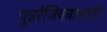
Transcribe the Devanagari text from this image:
पुन्नर्रंजिवनासाठी